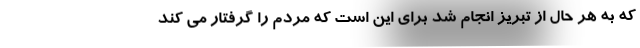
که به هر حال از تبریز انجام شد برای این است که مردم را گرفتار می کند